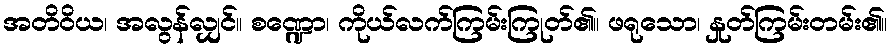
အတိဝိယ၊ အလွန်လျှင်။ စဏ္ဍော၊ ကိုယ်လက်ကြမ်းကြုတ်၏။ ဖရုသော၊ နှုတ်ကြမ်းတမ်း၏။